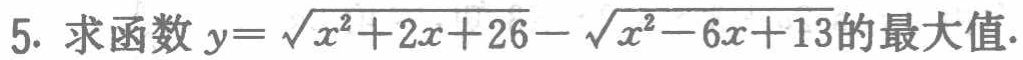
5. 求函数\(y = \sqrt{x^{2}+2x + 26}-\sqrt{x^{2}-6x + 13}\)的最大值.